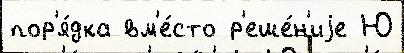
пор'я́дка вм'е́сто р'еше́н'иjе Ю